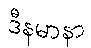
ဒီနမာနာ